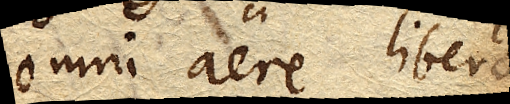
omni aere